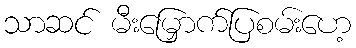
သာဆင် မီးမြှောက်ပြစမ်းဟေ့